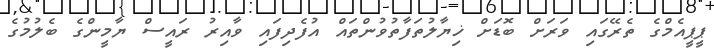
ޕީޕީއެމްގެ ތެރޭގައި ވަރަށް ބޮޑަށް ޚިޔާލުތަފާތުވުންތައް އުފެެދިފައި ވާއިރު ރައީސް ޔާމީންގެ ބެލުމުގެ